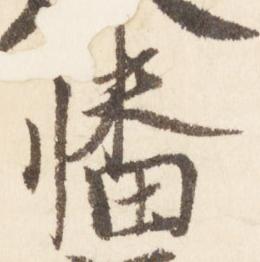
幡